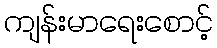
ကျန်းမာရေးစောင့်